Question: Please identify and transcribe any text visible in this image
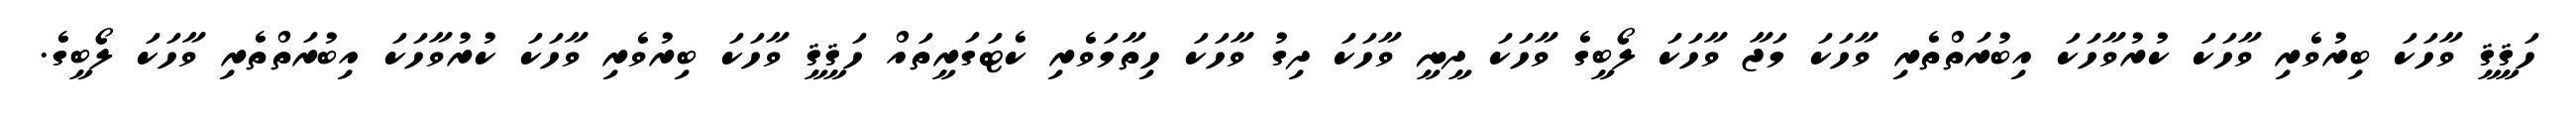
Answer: ހަޤީޤީ ވާހަކަ ބިރުވެރި ވާހަކަ ކުރުވާހަކަ އިބުރަތްތެރި ވާހަކަ މަޖާ ވާހަކަ ލޯބީގެ ވާހަކަ ދީނީ ވާހަކަ ދިގު ވާހަކަ ހިތާމަވެރި ކެޓަގަރީތައް ހަޤީޤީ ވާހަކަ ބިރުވެރި ވާހަކަ ކުރުވާހަކަ އިބުރަތްތެރި ވާހަކަ ލޯބީގެ.